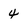
Character: 4